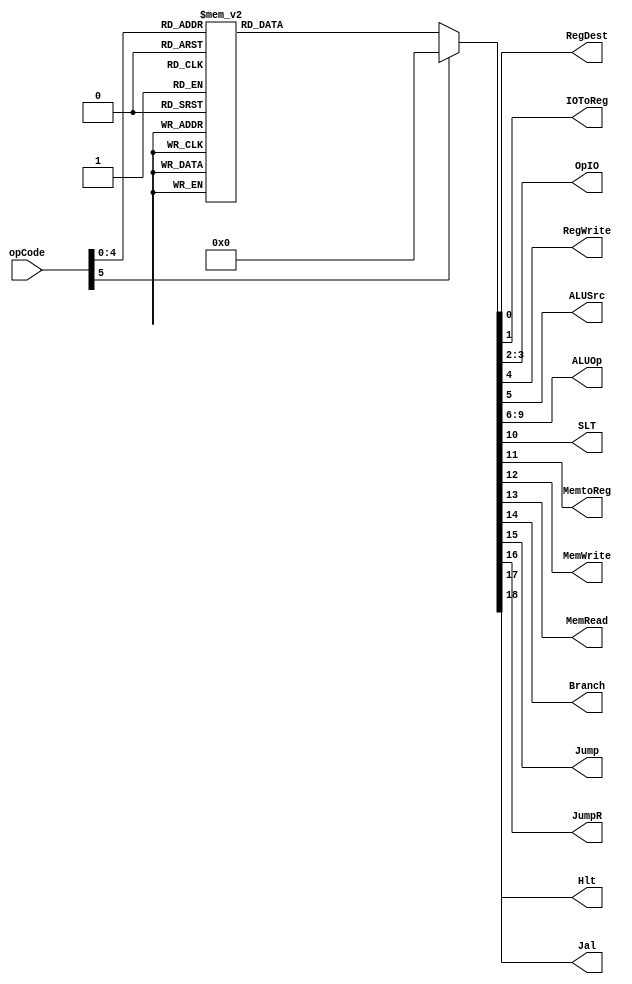
module uc(
	input [5:0] opCode,
	output reg RegDest,
	output reg IOToReg,
	output reg [1:0] OpIO,
	output reg RegWrite,
	output reg ALUSrc,
	output reg [3:0] ALUOp,
	output reg SLT,
	output reg MemtoReg,
	output reg MemWrite,
	output reg MemRead,
	output reg Branch,
	output reg Jump,
	output reg JumpR,
	output reg Hlt,
	output reg Jal);
	
	always @ (opCode)
	begin
	
		case(opCode)
		
			/* ADD */
			6'b000000:
			begin
				
				RegDest = 1;
				IOToReg = 0;
				OpIO = 2'b00;
				RegWrite = 1;
				ALUSrc = 0;
				ALUOp = 4'b0000;
				SLT = 0;
				MemtoReg = 0;
				MemWrite = 0;
				MemRead = 0;
				Branch = 0;
				Jump = 0;
				JumpR = 0;
				Hlt = 0;
				Jal = 0;
				
			end
			/* ADDI */
			6'b000001:
			begin
				
				RegDest = 0;
				IOToReg = 0;
				OpIO = 2'b00;
				RegWrite = 1;
				ALUSrc = 1;
				ALUOp = 4'b0000;
				SLT = 0;
				MemtoReg = 0;
				MemWrite = 0;
				MemRead = 0;
				Branch = 0;
				Jump = 0;
				JumpR = 0;
				Hlt = 0;
				Jal = 0;
				
			end
			/* SUB */
			6'b000010:
			begin
				
				RegDest = 1;
				IOToReg = 0;
				OpIO = 2'b00;
				RegWrite = 1;
				ALUSrc = 0;
				ALUOp = 4'b0001;
				SLT = 0;
				MemtoReg = 0;
				MemWrite = 0;
				MemRead = 0;
				Branch = 0;
				Jump = 0;
				JumpR = 0;
				Hlt = 0;
				Jal = 0;
				
			end
			/* SUBI */
			6'b000011:
			begin
				
				RegDest = 0;
				IOToReg = 0;
				OpIO = 2'b00;
				RegWrite = 1;
				ALUSrc = 1;
				ALUOp = 4'b0001;
				SLT = 0;
				MemtoReg = 0;
				MemWrite = 0;
				MemRead = 0;
				Branch = 0;
				Jump = 0;
				JumpR = 0;
				Hlt = 0;
				Jal = 0;
				
			end
			/* MULT */
			6'b000100:
			begin
				
				RegDest = 1;
				IOToReg = 0;
				OpIO = 2'b00;
				RegWrite = 1;
				ALUSrc = 0;
				ALUOp = 4'b0010;
				SLT = 0;
				MemtoReg = 0;
				MemWrite = 0;
				MemRead = 0;
				Branch = 0;
				Jump = 0;
				JumpR = 0;
				Hlt = 0;
				Jal = 0;
				
			end
			/* MULTI */
			6'b000101:
			begin
				
				RegDest = 0;
				IOToReg = 0;
				OpIO = 2'b00;
				RegWrite = 1;
				ALUSrc = 1;
				ALUOp = 4'b0010;
				SLT = 0;
				MemtoReg = 0;
				MemWrite = 0;
				MemRead = 0;
				Branch = 0;
				Jump = 0;
				JumpR = 0;
				Hlt = 0;
				Jal = 0;
				
			end
			/* DIV */
			6'b000110:
			begin
				
				RegDest = 1;
				IOToReg = 0;
				OpIO = 2'b00;
				RegWrite = 1;
				ALUSrc = 0;
				ALUOp = 4'b0011;
				SLT = 0;
				MemtoReg = 0;
				MemWrite = 0;
				MemRead = 0;
				Branch = 0;
				Jump = 0;
				JumpR = 0;
				Hlt = 0;
				Jal = 0;
				
			end
			/* DIVI */
			6'b000111:
			begin
				
				RegDest = 0;
				IOToReg = 0;
				OpIO = 2'b00;
				RegWrite = 1;
				ALUSrc = 1;
				ALUOp = 4'b0011;
				SLT = 0;
				MemtoReg = 0;
				MemWrite = 0;
				MemRead = 0;
				Branch = 0;
				Jump = 0;
				JumpR = 0;
				Hlt = 0;
				Jal = 0;
				
			end
			/* SLT */
			6'b001000:
			begin
				
				RegDest = 1;
				IOToReg = 0;
				OpIO = 2'b00;
				RegWrite = 1;
				ALUSrc = 0;
				ALUOp = 4'b0100;
				SLT = 1;
				MemtoReg = 0;
				MemWrite = 0;
				MemRead = 0;
				Branch = 0;
				Jump = 0;
				JumpR = 0;
				Hlt = 0;
				Jal = 0;
				
			end
			/* AND */
			6'b001001:
			begin
				
				RegDest = 1;
				IOToReg = 0;
				OpIO = 2'b00;
				RegWrite = 1;
				ALUSrc = 0;
				ALUOp = 4'b0101;
				SLT = 0;
				MemtoReg = 0;
				MemWrite = 0;
				MemRead = 0;
				Branch = 0;
				Jump = 0;
				JumpR = 0;
				Hlt = 0;
				Jal = 0;
				
			end
			/* ANDI */
			6'b001010:
			begin
				
				RegDest = 0;
				IOToReg = 0;
				OpIO = 2'b00;
				RegWrite = 1;
				ALUSrc = 1;
				ALUOp = 4'b0101;
				SLT = 0;
				MemtoReg = 0;
				MemWrite = 0;
				MemRead = 0;
				Branch = 0;
				Jump = 0;
				JumpR = 0;
				Hlt = 0;
				Jal = 0;
				
			end
			/* OR */
			6'b001011:
			begin
				
				RegDest = 1;
				IOToReg = 0;
				OpIO = 2'b00;
				RegWrite = 1;
				ALUSrc = 0;
				ALUOp = 4'b0110;
				SLT = 0;
				MemtoReg = 0;
				MemWrite = 0;
				MemRead = 0;
				Branch = 0;
				Jump = 0;
				JumpR = 0;
				Hlt = 0;
				Jal = 0;
				
			end
			/* ORI */
			6'b001100:
			begin
				
				RegDest = 0;
				IOToReg = 0;
				OpIO = 2'b00;
				RegWrite = 1;
				ALUSrc = 1;
				ALUOp = 4'b0110;
				SLT = 0;
				MemtoReg = 0;
				MemWrite = 0;
				MemRead = 0;
				Branch = 0;
				Jump = 0;
				JumpR = 0;
				Hlt = 0;
				Jal = 0;
				
			end
			/* NOT */
			6'b001101:
			begin
				
				RegDest = 0;
				IOToReg = 0;
				OpIO = 2'b00;
				RegWrite = 1;
				ALUSrc = 0;
				ALUOp = 4'b0111;
				SLT = 0;
				MemtoReg = 0;
				MemWrite = 0;
				MemRead = 0;
				Branch = 0;
				Jump = 0;
				JumpR = 0;
				Hlt = 0;
				Jal = 0;
				
			end
			/* SR */
			6'b001110:
			begin
				
				RegDest = 0;
				IOToReg = 0;
				OpIO = 2'b00;
				RegWrite = 1;
				ALUSrc = 0;
				ALUOp = 4'b1000;
				SLT = 0;
				MemtoReg = 0;
				MemWrite = 0;
				MemRead = 0;
				Branch = 0;
				Jump = 0;
				JumpR = 0;
				Hlt = 0;
				Jal = 0;
				
			end
			/* SL */
			6'b001111:
			begin
				
				RegDest = 0;
				IOToReg = 0;
				OpIO = 2'b00;
				RegWrite = 1;
				ALUSrc = 0;
				ALUOp = 4'b1001;
				SLT = 0;
				MemtoReg = 0;
				MemWrite = 0;
				MemRead = 0;
				Branch = 0;
				Jump = 0;
				JumpR = 0;
				Hlt = 0;
				Jal = 0;
				
			end
			/* LOAD */
			6'b010000:
			begin
				
				RegDest = 0;
				IOToReg = 0;
				OpIO = 2'b00;
				RegWrite = 1;
				ALUSrc = 1; /*AQUI O ERRO*/
				ALUOp = 4'b0000;
				SLT = 0;
				MemtoReg = 1;
				MemWrite = 0;
				MemRead = 1;
				Branch = 0;
				Jump = 0;
				JumpR = 0;
				Hlt = 0;
				Jal = 0;
				
			end
			/* LOADI */
			6'b010001:
			begin
				
				RegDest = 0;
				IOToReg = 0;
				OpIO = 2'b00;
				RegWrite = 1;
				ALUSrc = 1;
				ALUOp = 4'b1010;
				SLT = 0;
				MemtoReg = 0;
				MemWrite = 0;
				MemRead = 0;
				Branch = 0;
				Jump = 0;
				JumpR = 0;
				Hlt = 0;
				Jal = 0;
				
			end
			/* STORE */
			6'b010010:
			begin
				
				RegDest = 0;
				IOToReg = 0;
				OpIO = 2'b00;
				RegWrite = 0;
				ALUSrc = 1; /*ACHO QUE O ERRO EST AQUI*/
				ALUOp = 4'b0000;
				SLT = 0;
				MemtoReg = 0;
				MemWrite = 1;
				MemRead = 0;
				Branch = 0;
				Jump = 0;
				JumpR = 0;
				Hlt = 0;
				Jal = 0;
				
			end
			/* MOVE */
			6'b010011:
			begin
				
				RegDest = 0;
				IOToReg = 0;
				OpIO = 2'b00;
				RegWrite = 1;
				ALUSrc = 0;
				ALUOp = 4'b1011;
				SLT = 0;
				MemtoReg = 0;
				MemWrite = 0;
				MemRead = 0;
				Branch = 0;
				Jump = 0;
				JumpR = 0;
				Hlt = 0;
				Jal = 0;
				
			end
			/* J */
			6'b010100:
			begin
				
				RegDest = 0;
				IOToReg = 0;
				OpIO = 2'b00;
				RegWrite = 0;
				ALUSrc = 0;
				ALUOp = 4'b1111;
				SLT = 0;
				MemtoReg = 0;
				MemWrite = 0;
				MemRead = 0;
				Branch = 0;
				Jump = 1;
				JumpR = 0;
				Hlt = 0;
				Jal = 0;
				
			end
			/* JR */
			6'b010101:
			begin
				
				RegDest = 0;
				IOToReg = 0;
				OpIO = 2'b00;
				RegWrite = 0;
				ALUSrc = 0;
				ALUOp = 4'b1111;
				SLT = 0;
				MemtoReg = 0;
				MemWrite = 0;
				MemRead = 0;
				Branch = 0;
				Jump = 0;
				JumpR = 1;
				Hlt = 0;
				Jal = 0;
				
			end
			/* JAL */
			6'b010110:
			begin
				
				RegDest = 0;
				IOToReg = 0;
				OpIO = 2'b00;
				RegWrite = 1;
				ALUSrc = 0;
				ALUOp = 4'b1111;
				SLT = 0;
				MemtoReg = 0;
				MemWrite = 0;
				MemRead = 0;
				Branch = 0;
				Jump = 1;
				JumpR = 0;
				Hlt = 0;
				Jal = 1;
				
			end
			/* BEQ */
			6'b010111:
			begin
				
				RegDest = 0;
				IOToReg = 0;
				OpIO = 2'b00;
				RegWrite = 0;
				ALUSrc = 0;
				ALUOp = 4'b1100;
				SLT = 0;
				MemtoReg = 0;
				MemWrite = 0;
				MemRead = 0;
				Branch = 1;
				Jump = 0;
				JumpR = 0;
				Hlt = 0;
				Jal = 0;
				
			end
			/* BNE */
			6'b011000:
			begin
				
				RegDest = 0;
				IOToReg = 0;
				OpIO = 2'b00;
				RegWrite = 0;
				ALUSrc = 0;
				ALUOp = 4'b1101;
				SLT = 0;
				MemtoReg = 0;
				MemWrite = 0;
				MemRead = 0;
				Branch = 1;
				Jump = 0;
				JumpR = 0;
				Hlt = 0;
				Jal = 0;
				
			end
			/* NOP */
			6'b011001:
			begin
				
				RegDest = 0;
				IOToReg = 0;
				OpIO = 2'b00;
				RegWrite = 0;
				ALUSrc = 0;
				ALUOp = 4'b1111;
				SLT = 0;
				MemtoReg = 0;
				MemWrite = 0;
				MemRead = 0;
				Branch = 0;
				Jump = 0;
				JumpR = 0;
				Hlt = 0;
				Jal = 0;
				
			end
			/* HLT */
			6'b011010:
			begin
				
				RegDest = 0;
				IOToReg = 0;
				OpIO = 2'b00;
				RegWrite = 0;
				ALUSrc = 0;
				ALUOp = 4'b1111;
				SLT = 0;
				MemtoReg = 0;
				MemWrite = 0;
				MemRead = 0;
				Branch = 0;
				Jump = 0;
				JumpR = 0;
				Hlt = 1;
				Jal = 0;
				
			end
			/* IN */
			6'b011011:
			begin
				
				RegDest = 0;
				IOToReg = 1;
				OpIO = 2'b01;
				RegWrite = 0; //MUDEI
				ALUSrc = 1; //MUDEI
				ALUOp = 4'b0000;
				SLT = 0;
				MemtoReg = 0;
				MemWrite = 1;
				MemRead = 0;
				Branch = 0;
				Jump = 0;
				JumpR = 0;
				Hlt = 0;
				Jal = 0;
				
			end
			/* OUT */
			6'b011100:
			begin
				
				RegDest = 0;
				IOToReg = 0;
				OpIO = 2'b10;
				RegWrite = 0;
				ALUSrc = 0;
				ALUOp = 4'b1111;
				SLT = 0;
				MemtoReg = 0;
				MemWrite = 0;
				MemRead = 0;
				Branch = 0;
				Jump = 0;
				JumpR = 0;
				Hlt = 0;
				Jal = 0;
				
			end
			/* OUTROS */
			default:
			begin
				
				RegDest = 0;
				IOToReg = 0;
				OpIO = 2'b00;
				RegWrite = 0;
				ALUSrc = 0;
				ALUOp = 4'b0000;
				SLT = 0;
				MemtoReg = 0;
				MemWrite = 0;
				MemRead = 0;
				Branch = 0;
				Jump = 0;
				JumpR = 0;
				Hlt = 0;
				Jal = 0;
				
			end

		endcase
		
	end

endmodule